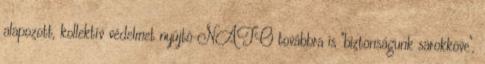
alapozott, kollektív védelmet nyújtó NATO továbbra is "biztonságunk sarokköve",